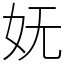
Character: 妩